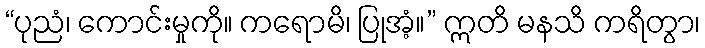
“ပုညံ၊ ကောင်းမှုကို။ ကရောမိ၊ ပြုအံ့။” ဣတိ မနသိ ကရိတွာ၊